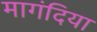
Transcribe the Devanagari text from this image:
मागंदिया